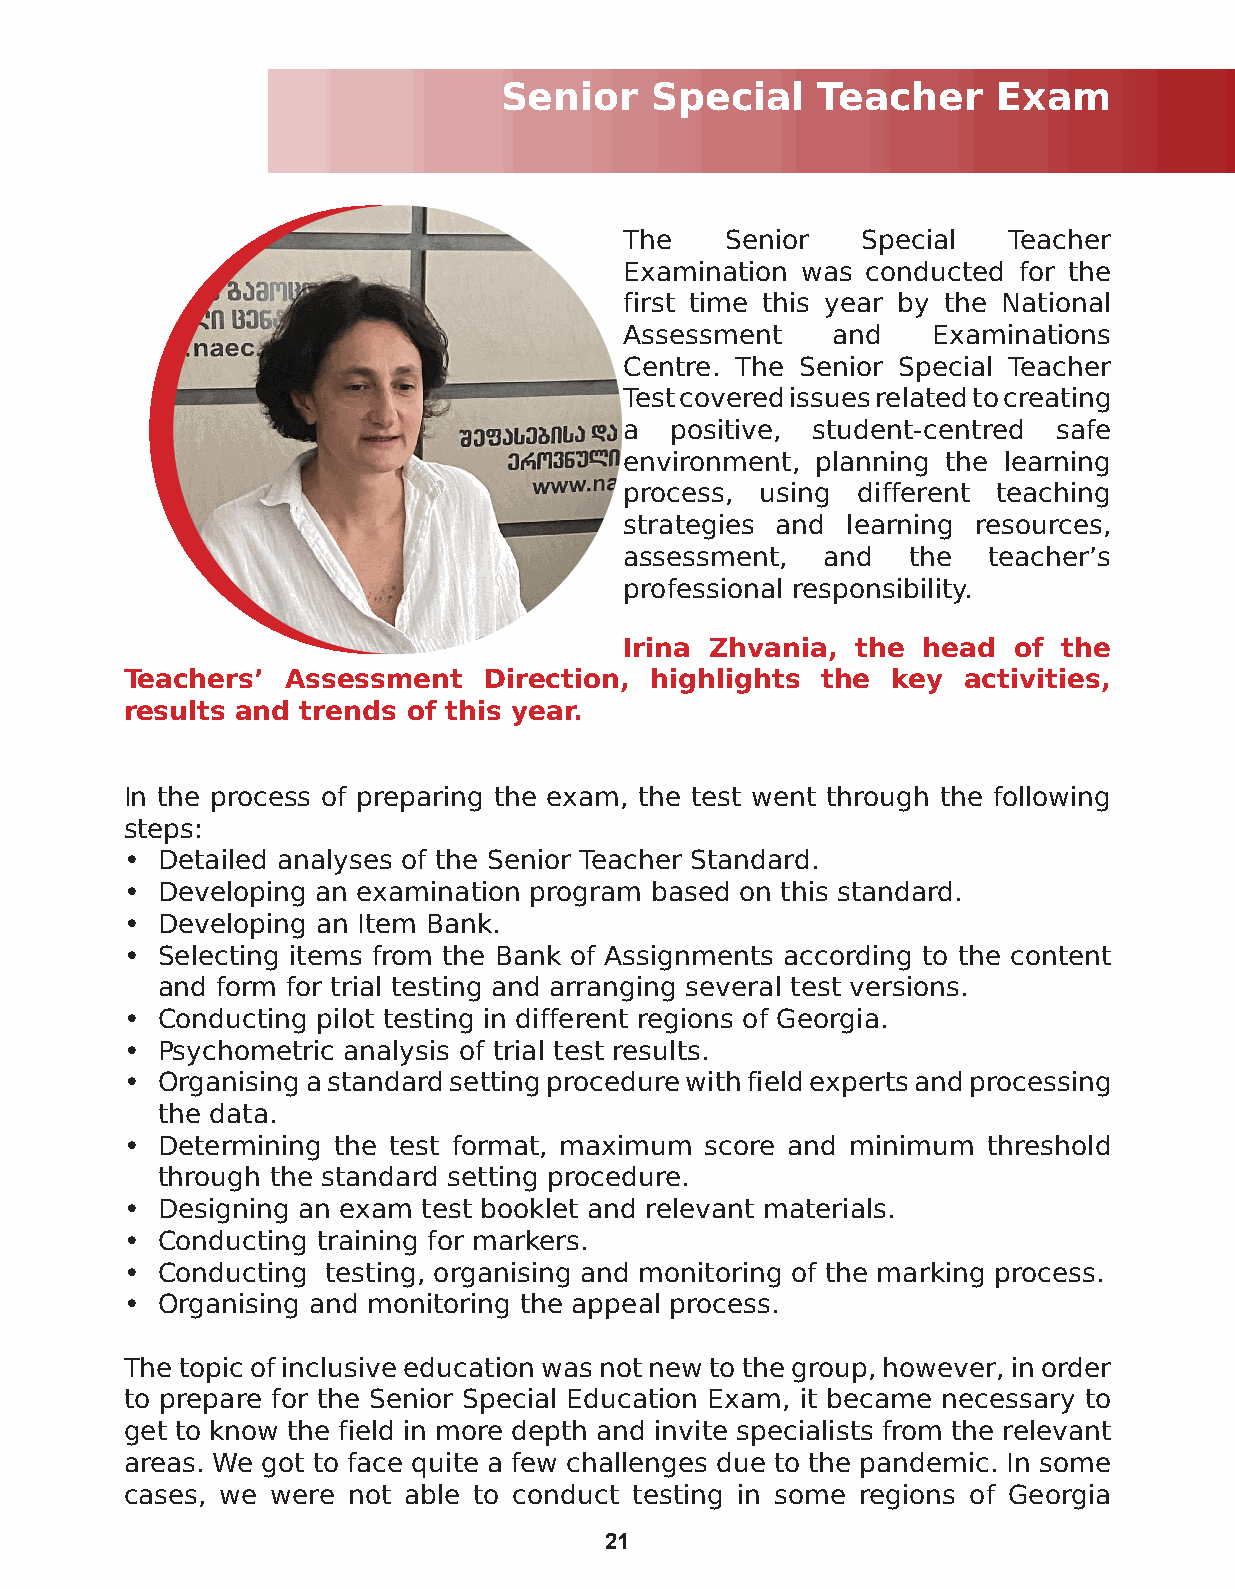
Senior    Special    Teacher     Exam
 The    Senior   Special  Teacher
 Examination was conducted for the
 first time this year by the National
 Assessment    and   Examinations
 Centre. The Senior Special Teacher
 Test covered issues related to creating
 a  positive, student-centred safe
 environment, planning the learning
 process, using different teaching
 strategies and learning resources,
 assessment,  and   the  teacher’s
 professional responsibility.
 Irina Zhvania, the  head  of the
 Teachers’  Assessment   Direction, highlights the  key activities,
 results and trends of this year.
 In the process of preparing the exam, the test went through the following
 steps:
 • Detailed analyses of the Senior Teacher Standard.
 • Developing an examination program based on this standard.
 • Developing an Item Bank.
 • Selecting items from the Bank of Assignments according to the content
 and form for trial testing and arranging several test versions.
 • Conducting pilot testing in different regions of Georgia.
 • Psychometric analysis of trial test results.
 • Organising a standard setting procedure with field experts and processing
 the data.
 • Determining the test format, maximum score and minimum threshold
 through the standard setting procedure.
 • Designing an exam test booklet and relevant materials.
 • Conducting training for markers.
 • Conducting testing, organising and monitoring of the marking process.
 • Organising and monitoring the appeal process.
 The topic of inclusive education was not new to the group, however, in order
 to prepare for the Senior Special Education Exam, it became necessary to
 get to know the field in more depth and invite specialists from the relevant
 areas. We got to face quite a few challenges due to the pandemic. In some
 cases, we were not able to conduct testing in some regions of Georgia
 21